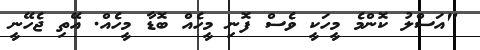
"އަސްލު ކޮންމެ މީހަކީ ވެސް ފޮނި މީހެއް ބޮޑާ މީހެއް. އޭތި ޖެހޭނީ